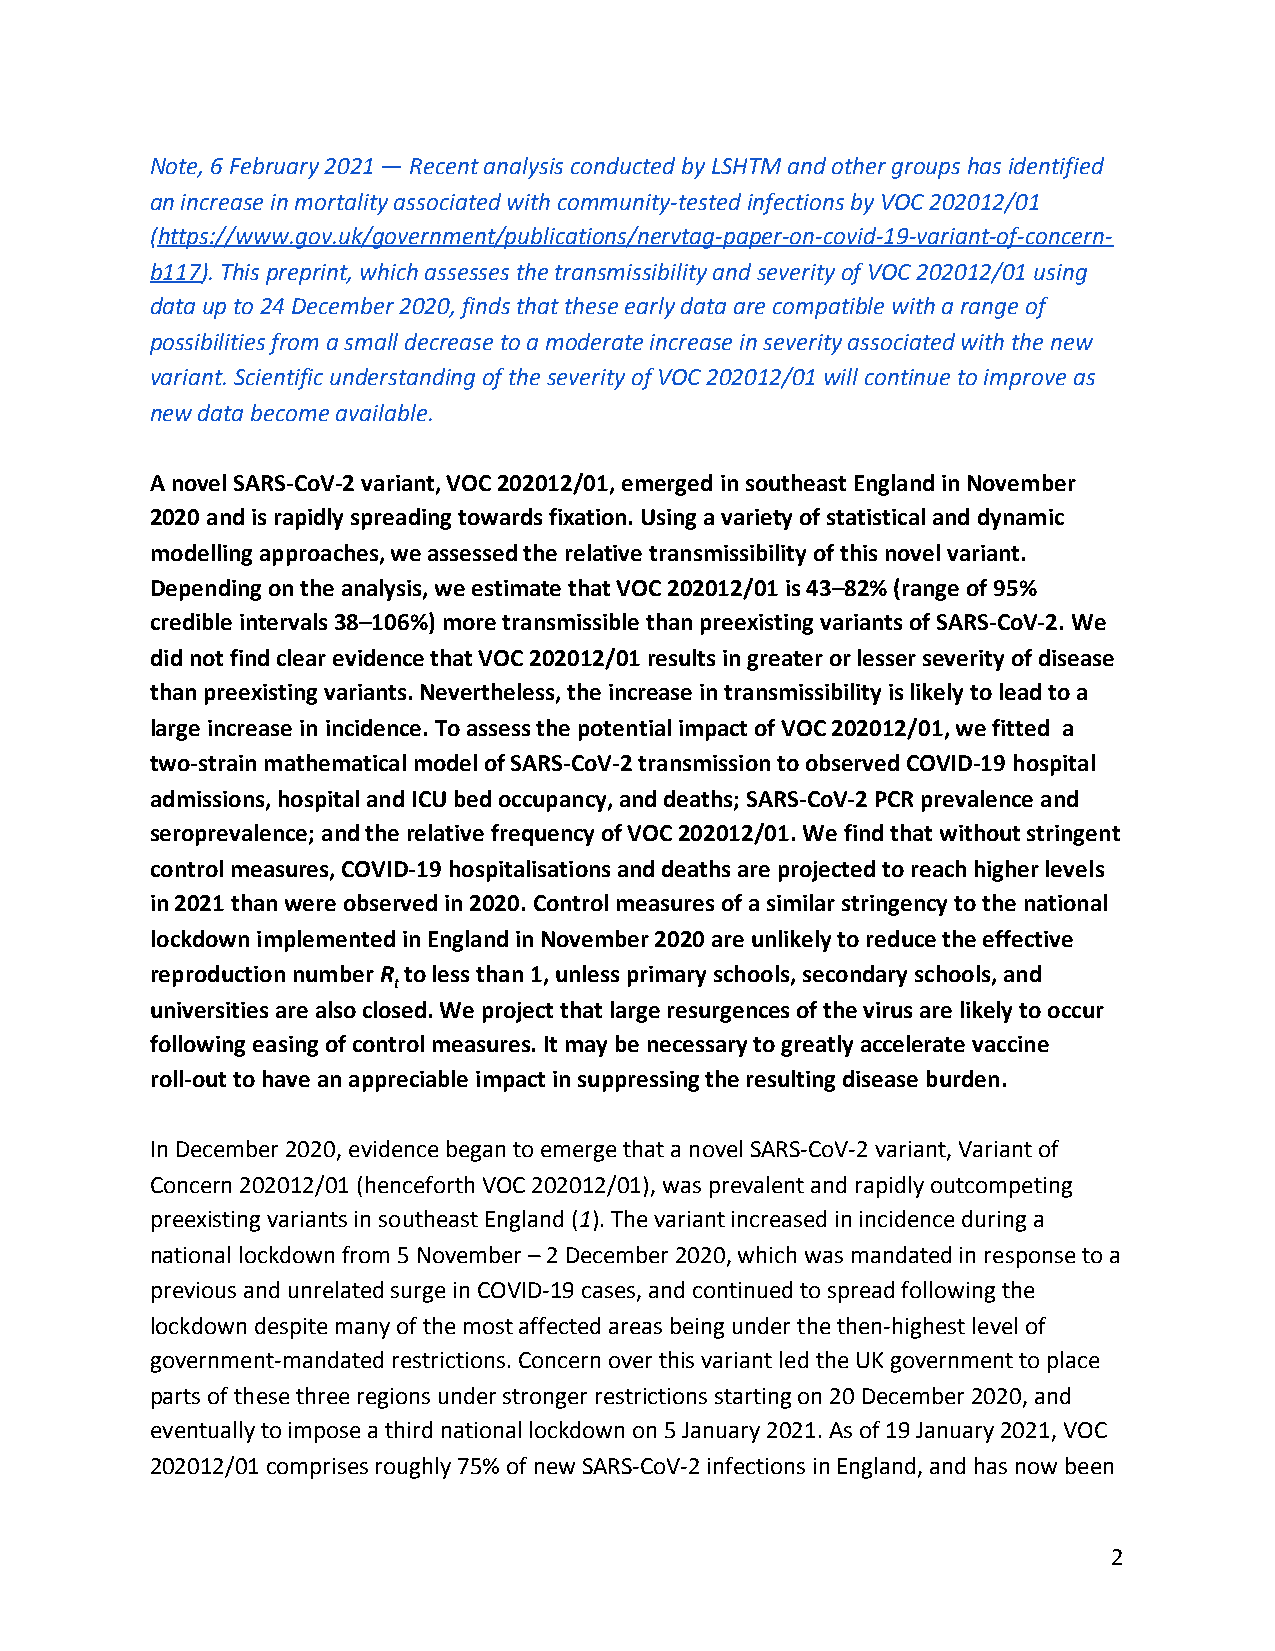
Note, 6 February 2021 — Recent analysis conducted by LSHTM and other groups has identified
 an increase in mortality associated with community-tested infections by VOC 202012/01
 (https://www.gov.uk/government/publications/nervtag-paper-on-covid-19-variant-of-concern-
 ​
 b117). This preprint, which assesses the transmissibility and severity of VOC 202012/01 using
 ​
 data up to 24 December 2020, finds that these early data are compatible with a range of
 possibilities from a small decrease to a moderate increase in severity associated with the new
 variant. Scientific understanding of the severity of VOC 202012/01 will continue to improve as
 new data become available.
 A novel SARS-CoV-2 variant, VOC 202012/01, emerged in southeast England in November
 2020 and is rapidly spreading towards fixation. Using a variety of statistical and dynamic
 modelling approaches, we assessed the relative transmissibility of this novel variant.
 Depending on the analysis, we estimate that VOC 202012/01 is 43–82% (range of 95%
 credible intervals 38–106%) more transmissible than preexisting variants of SARS-CoV-2. We
 did not find clear evidence that VOC 202012/01 results in greater or lesser severity of disease
 than preexisting variants. Nevertheless, the increase in transmissibility is likely to lead to a
 large increase in incidence. To assess the potential impact of VOC 202012/01, we fitted a
 two-strain mathematical model of SARS-CoV-2 transmission to observed COVID-19 hospital
 admissions, hospital and ICU bed occupancy, and deaths; SARS-CoV-2 PCR prevalence and
 seroprevalence; and the relative frequency of VOC 202012/01. We find that without stringent
 control measures, COVID-19 hospitalisations and deaths are projected to reach higher levels
 in 2021 than were observed in 2020. Control measures of a similar stringency to the national
 lockdown implemented in England in November 2020 are unlikely to reduce the effective
 reproduction number R to less than 1, unless primary schools, secondary schools, and
 ​ ​t
 ​
 universities are also closed. We project that large resurgences of the virus are likely to occur
 following easing of control measures. It may be necessary to greatly accelerate vaccine
 roll-out to have an appreciable impact in suppressing the resulting disease burden.
 In December 2020, evidence began to emerge that a novel SARS-CoV-2 variant, Variant of
 Concern 202012/01 (henceforth VOC 202012/01), was prevalent and rapidly outcompeting
 preexisting variants in southeast England (1). The variant increased in incidence during a
 ​ ​ ​ ​
 national lockdown from 5 November – 2 December 2020, which was mandated in response to a
 previous and unrelated surge in COVID-19 cases, and continued to spread following the
 lockdown despite many of the most affected areas being under the then-highest level of
 government-mandated restrictions. Concern over this variant led the UK government to place
 parts of these three regions under stronger restrictions starting on 20 December 2020, and
 eventually to impose a third national lockdown on 5 January 2021. As of 19 January 2021, VOC
 202012/01 comprises roughly 75% of new SARS-CoV-2 infections in England, and has now been
 2